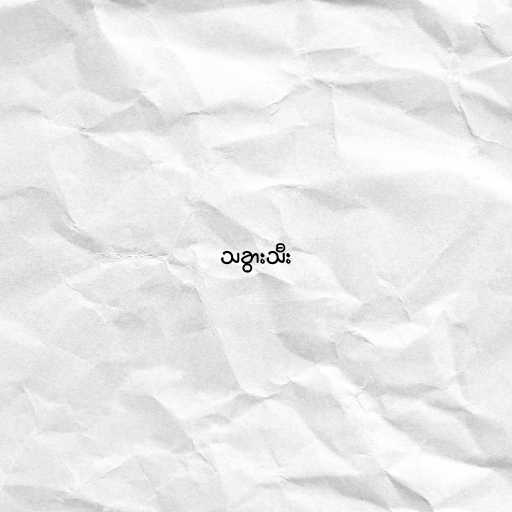
သခွားသီး